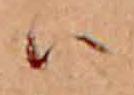
ハ